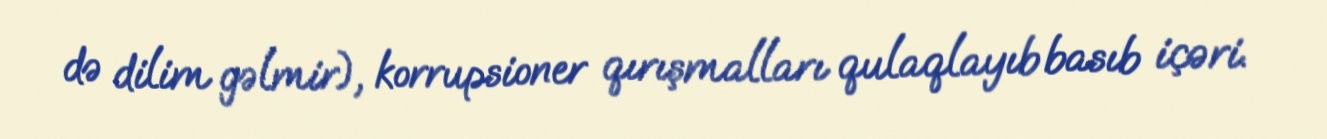
də dilim gəlmir), korrupsioner qırışmalları qulaqlayıb basıb içəri.